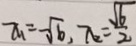
x _ { 1 } = - \sqrt { 6 } , x _ { 2 } = \frac { \sqrt { 6 } } { 2 }